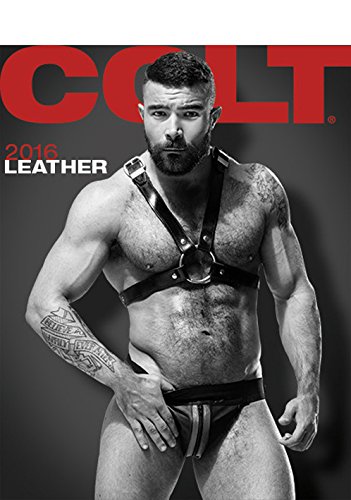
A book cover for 2016 Leather Calendar; Arts & Photography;